Civil Veterinary Department Bihar reports 1940-50 - 1940-1950
Year: 1940
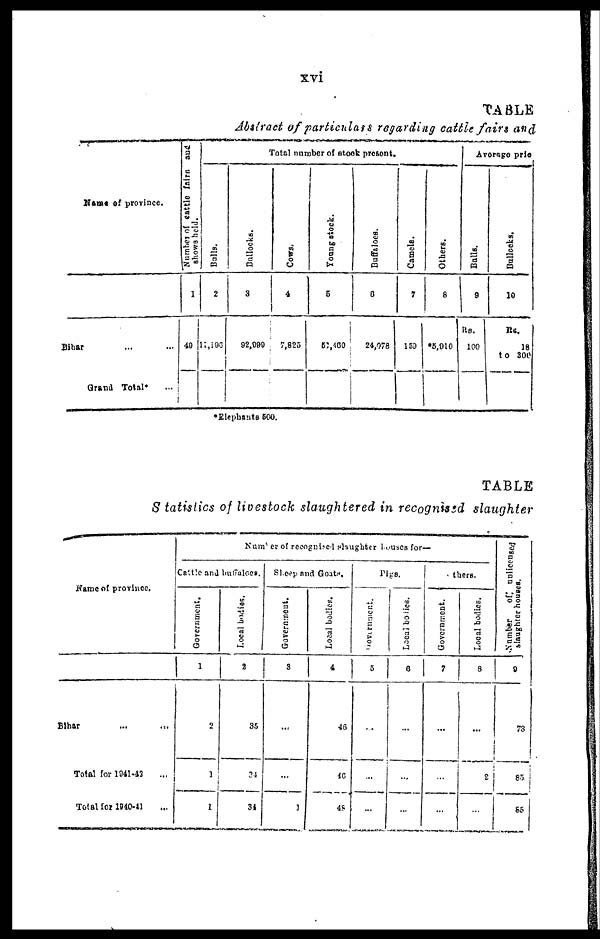
xvi
TABLE
Abstract of particulars regarding cattle fairs and
Name of province.
Bihar ... ...
Grand Total* ...
Number of cattle farm and
shows held.
1
49
Total number of stock present.
Bulls.
2
11,196
Bullocks.
3
92,899
Cows.
4
7,825
Young stock.
5
51,460
Buffaloes.
6
24,078
Camels.
7
159
Others.
8
*5,010
Average pric
Balls.
9
Rs.
100
Bullocks.
10
Rs.
18
to 300
*Elephants 500.
TABLE
S tatistics of livestock slaughtered in recognised slaughter
Name of province.
Bihar ... ...
Total for 1941-42 ...
Total for 1940-41 ...
Number of recognised slaughter houses for—
Cattle and buffaloes.
Government.
1
2
1
1
Local bodies.
2
35
24
34
Sheep and Goats.
Government.
3
...
...
1
Local bodies.
4
46
40
48
Pigs.
Government.
5
..
...
...
Local bodies.
6
...
...
...
Others.
Government.
7
...
...
...
Local bodies.
8
...
2
...
Number of unlicensed
slaughter houses.
9
73
85
65